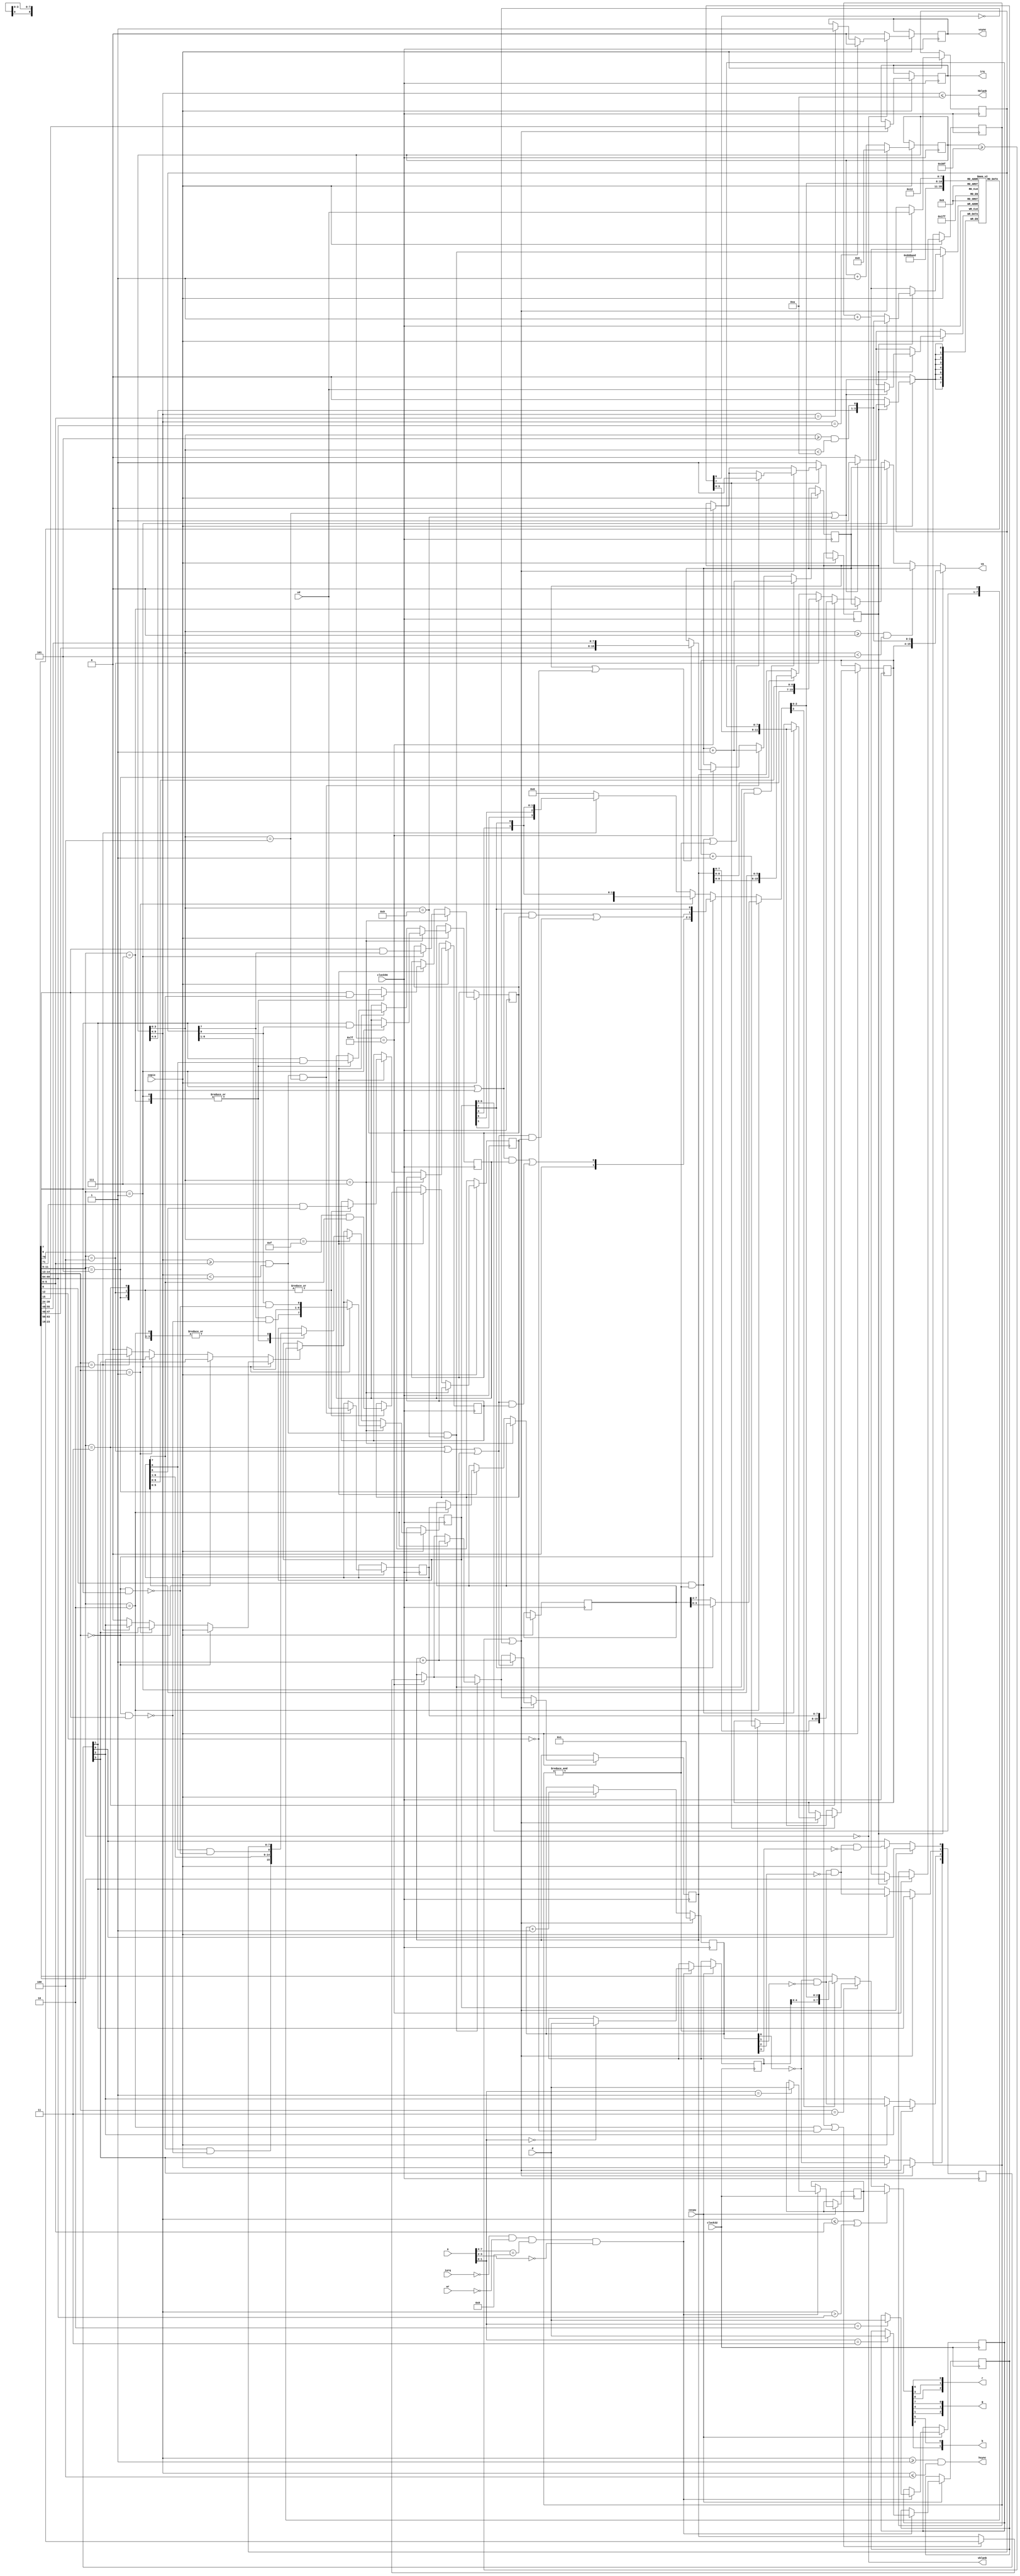
module video
//-------------------------------------------------------------------------------------------------
(
	input  wire       clock56,
	input  wire       clock32,
	input  wire       cepix,
	input  wire       cecpu,

	input  wire       iorq,
	input  wire       wr,
	input  wire[ 7:0] a,
	input  wire[ 7:0] d,

	output reg        irq,
	output wire[15:0] va,
	input  wire[ 7:0] vd,

	output wire       hblank,
	output wire       vblank,
	output wire       hsync,
	output reg        vsync,
	output wire[ 2:0] r,
	output wire[ 2:0] g,
	output wire[ 1:0] b
);
//-------------------------------------------------------------------------------------------------

reg[7:0] reg80 = 8'h00;
reg[7:0] reg81 = 8'h00;
reg[7:0] reg82 = 8'h00;
reg[7:0] reg83 = 8'h00;

always @(posedge clock32) if(cecpu)
	if(!iorq && !wr && a[7:4] == 4'h8 && a[3:2] == 2'b00)
		case(a[1:0])
			0: reg80 <= d;
			1: reg81 <= d;
			2: reg82 <= d;
			3: reg83 <= d;
		endcase

wire[ 4:0] bias = reg80[4:0];
wire[ 7:0] back = reg81[7:0];
wire[15:4] lpbp = { reg83[3:0], reg82[7:0] };

wire count = reg83[6]; // 1'b1; //
wire forceload = reg83[7];

//-------------------------------------------------------------------------------------------------

reg[3:0] ne;
reg[5:0] ce = 1'd1;
always @(negedge clock56)
	if(hReset) ce <= 1'b1;
	else if(cepix) begin
		ce <= ce+1'd1;
		ne[3] <= ~ce[0];
		ne[2] <= ~ce[0] & ~ce[1];
		ne[1] <= ~ce[0] & ~ce[1] & ~ce[2];
		ne[0] <= ~ce[0] & ~ce[1] & ~ce[2] & ~ce[3];
	end

//-------------------------------------------------------------------------------------------------

reg[9:0] hCount = 0;
wire hReset = hCount >= 911 || !count;
always @(posedge clock56) if(cepix) if(hReset) hCount <= 1'd0; else hCount <= hCount+1'd1;

//reg[8:0] vCount = 0;
//wire vReset = vCount >= 311 || !count;
//always @(posedge clock56) if(cepix) if(hReset) if(vReset) vCount <= 1'd0; else vCount <= vCount+1'd1;

//-------------------------------------------------------------------------------------------------

wire[5:0] hc = hCount[9:4];
wire[3:0] hs = hCount[3:0];
wire[3:0] hp = { hCount[6:4], ul2 };

wire load1 = hs == 4;
wire load2 = hs == 9;
wire loadP = hCount == 127;

wire ul1 = hs >= 0 && hs <  5;
wire ul2 = hs >= 5 && hs < 10;

//-------------------------------------------------------------------------------------------------

reg[ 7:0] lpb[0:15];

wire      reload  = lpb[1][0] && &sc;
wire[2:0] vmode   = lpb[1][3:1];
wire      vres    = lpb[1][4];
wire[1:0] cmode   = lpb[1][6:5];
wire      vint    = lpb[1][7];

wire[5:0] lm      = lpb[2][5:0];
wire      lsbalt  = lpb[2][6];
wire      msbalt  = lpb[2][7];

wire[5:0] rm      = lpb[3][5:0];
wire      altind1 = lpb[3][6];
wire      altind0 = lpb[3][7];

wire      fetch = hc >= lm && hc < rm;

reg[15:4] lpa;
always @(posedge clock56) if(cepix)
	if(!forceload) lpa <= lpbp;
	else
		if(hReset) if(reload) lpa <= lpbp; else if(&sc) lpa <= lpa+1'd1;

reg params;
always @(posedge clock56) if(cepix)
	if(!forceload) params <= 1'b1;
	else begin
		if(loadP) params <= 1'b0;
		if(hReset) if(reload || &sc) params <= 1'b1;
	end

always @(posedge clock56) if(cepix)
	if(params) if(load1 || load2) lpb[hp] <= vd;

reg[7:0] sc;
always @(posedge clock56) if(cepix)
	if(loadP) if(params) sc <= lpb[0]; else sc <= sc+1'd1;

reg[15:0] a1;
always @(posedge clock56) if(cepix) begin
	if(loadP) if(params || !vres) a1 <= { lpb[5], lpb[4] };
	if(fetch && load1) a1 <= a1+1'd1;
	if(fetch && load2 && vmode == 3'b001) a1 <= a1+1'd1;
end

reg[15:0] a2;
always @(posedge clock56) if(cepix) begin
	if(loadP) if(params || (vmode == 3'b010 && !vres)) a2 <= { lpb[7], lpb[6] };
	if(fetch && load2) if(vmode == 3'b010) a2 <= a2+1'd1;
	if(hReset) if(vmode == 3'b011 || vmode == 3'b100 || vmode == 3'b101) a2 <= a2+1'd1;
end

reg[7:0] d1;
always @(posedge clock56) if(cepix)
	if(fetch && load1) d1 <= vd;

reg[7:0] d2;
always @(posedge clock56) if(cepix)
	if(fetch && load2) d2 <= vd;

assign va
	= params ? { lpa, hp }
	: ul1 ? a1
	: vmode == 3'b001 ? a1
	: vmode == 3'b111 ? a1
	: vmode == 3'b011 ? { a2[7:0], d1[7:0] }
	: vmode == 3'b100 ? { a2[8:0], d1[6:0] }
	: vmode == 3'b101 ? { a2[9:0], d1[5:0] }
//	: vmode == 3'b010 ? a2
	: a2;

//-------------------------------------------------------------------------------------------------

wire pCe
	= vmode == 3'b001 ? (cmode == 2'b00 ? cepix : cmode == 2'b01 ? ne[3] : cmode == 2'b10 ? ne[2] : 1'b0)
	:                   (cmode == 2'b00 ? ne[3] : cmode == 2'b01 ? ne[2] : cmode == 2'b10 ? ne[1] : 1'b0);

reg[7:0] sr, attr;
reg msb, lsb, ai1, ai0;
always @(posedge clock56) if(cepix) begin
	if(hs == 7) case(vmode)
		3'b001: begin
			msb <= msbalt && d2[7];
			lsb <= lsbalt && d2[0];
			sr <= { d2[7] && !(cmode == 2'b00 && msbalt), d2[6:1], d2[0] && !(cmode == 2'b00 && lsbalt) };
		end
		default:
			if(pCe) sr <= { sr[6:0], 1'b0 };
	endcase else
	if(hs == 15) case(vmode)
		3'b001, 3'b111: begin
			msb <= msbalt & d1[7];
			lsb <= lsbalt & d1[0];
			sr <= { d1[7] && !(cmode == 2'b00 && msbalt), d1[6:1], d1[0] && !(cmode == 2'b00 && lsbalt) };
		end
		3'b010: begin
			attr <= d1;
			sr <= d2;
		end
		3'b011, 3'b100, 3'b101: begin
			ai1 <= altind1 & d1[7];
			ai0 <= altind0 & d1[6];
			sr <= d2;
		end
	endcase else
	if(pCe) sr <= { sr[6:0], 1'b0 };
end

//-------------------------------------------------------------------------------------------------

wire pvm = vmode == 3'b001 || vmode == 3'b111;
wire cvm = vmode == 3'b011 || vmode == 3'b100 || vmode == 3'b101;

wire pm1 = (pvm && msb) || (cvm && ai1);
wire pl0 = (pvm && lsb) || (cvm && ai0);

wire[3:0] pnum
	= vmode == 3'b010 ? { sr[7] ? attr[3:0] : attr[7:4] }
	: cmode == 2'b00 ? {  1'b0,   pl0,   pm1, sr[7] }
	: cmode == 2'b01 ? {  1'b0,   pl0, sr[3], sr[7] }
	: cmode == 2'b10 ? { sr[1], sr[5], sr[3], sr[7] }
	: 4'b0000;

wire[7:0] pval = lpb[{ 1'b1, pnum[2:0] }];
wire[7:0] color = hc <= lm || hc > rm ? back : cmode == 2'b11 ? sr : pnum[3] ? { bias, pnum[2:0] } : pval;

//-------------------------------------------------------------------------------------------------

always @(posedge clock56) if(cepix) if(hReset) irq <= vint;

//-------------------------------------------------------------------------------------------------

assign hblank = hc <= 10;
assign vblank = vmode == 3'b000;

assign hsync = hc >= 1 && hc <= 4;
always @(posedge clock56) if(cepix)
	if(!vblank) vsync <= 1'b0;
	else if(hc == rm) vsync <= 1'b0;
	else if(hc == lm) vsync <= 1'b1;
//assign vsync = vblank && (lm <= rm);

//assign vblank = vCount >= 304;
//assign vsync = vCount >= 304 && vCount <= 307;

assign r = { color[0], color[3], color[6] };
assign g = { color[1], color[4], color[7] };
assign b = { color[2], color[5] };

//-------------------------------------------------------------------------------------------------
endmodule